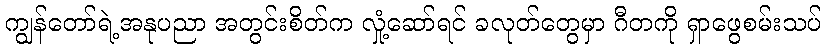
ကျွန်တော်ရဲ့အနုပညာ အတွင်းစိတ်က လှုံ့ဆော်ရင် ခလုတ်တွေမှာ ဂီတကို ရှာဖွေစမ်းသပ်